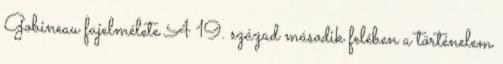
Gobineau fajelmélete A 19. század második felében a történelem